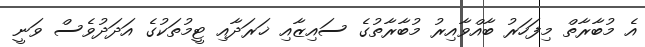
އެ މުބާރާތް މިފަހަރު ބާއްވާއިރު މުބާރާތުގެ ސައިޒާއި ޚަރަދާއި ޓީމުތަކުގެ އަދަދުވެސް ވަނީ